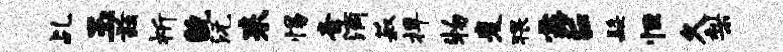
乩玉兹祈貌沅耒惕紊滴菽捍物麦猥露E髭恒久梨